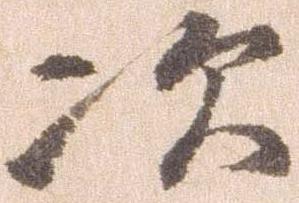
次